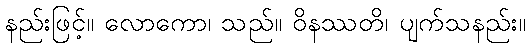
နည်းဖြင့်။ လောကော၊ သည်။ ဝိနဿတိ၊ ပျက်သနည်း။